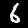
Label: 6